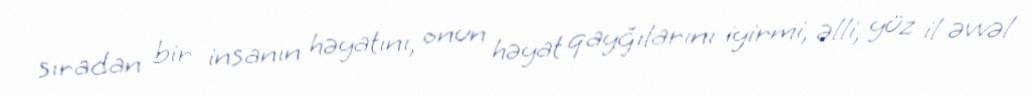
sıradan bir insanın həyatını, onun həyat qayğılarını iyirmi, əlli, yüz il əvvəl